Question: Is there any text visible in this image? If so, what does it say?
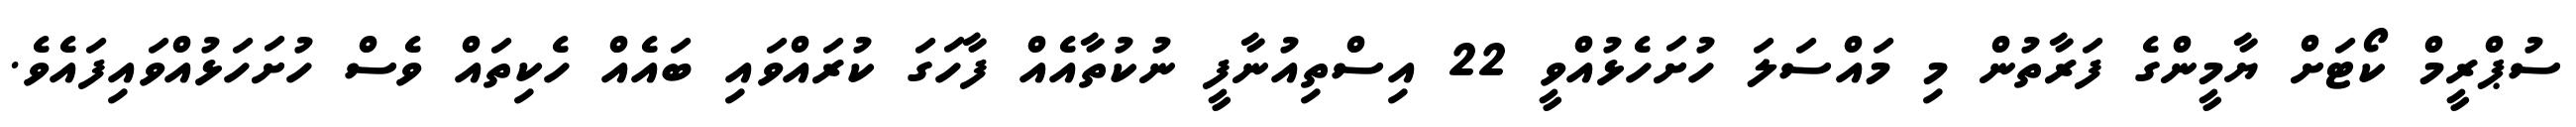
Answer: ސުޕްރީމް ކޯޓަށް ޔާމީންގެ ފަރާތުން މި މައްސަލަ ހުށަހެޅުއްވީ 22 އިސްތިއުނާފީ ނުކުތާއެއް ފާހަގަ ކުރައްވައި ބައެއް ހެކިތައް ވެސް ހުށަހަޅުއްވައިފައެވެ.